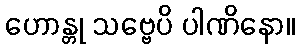
ဟောန္တု သဗ္ဗေပိ ပါဏိနော။